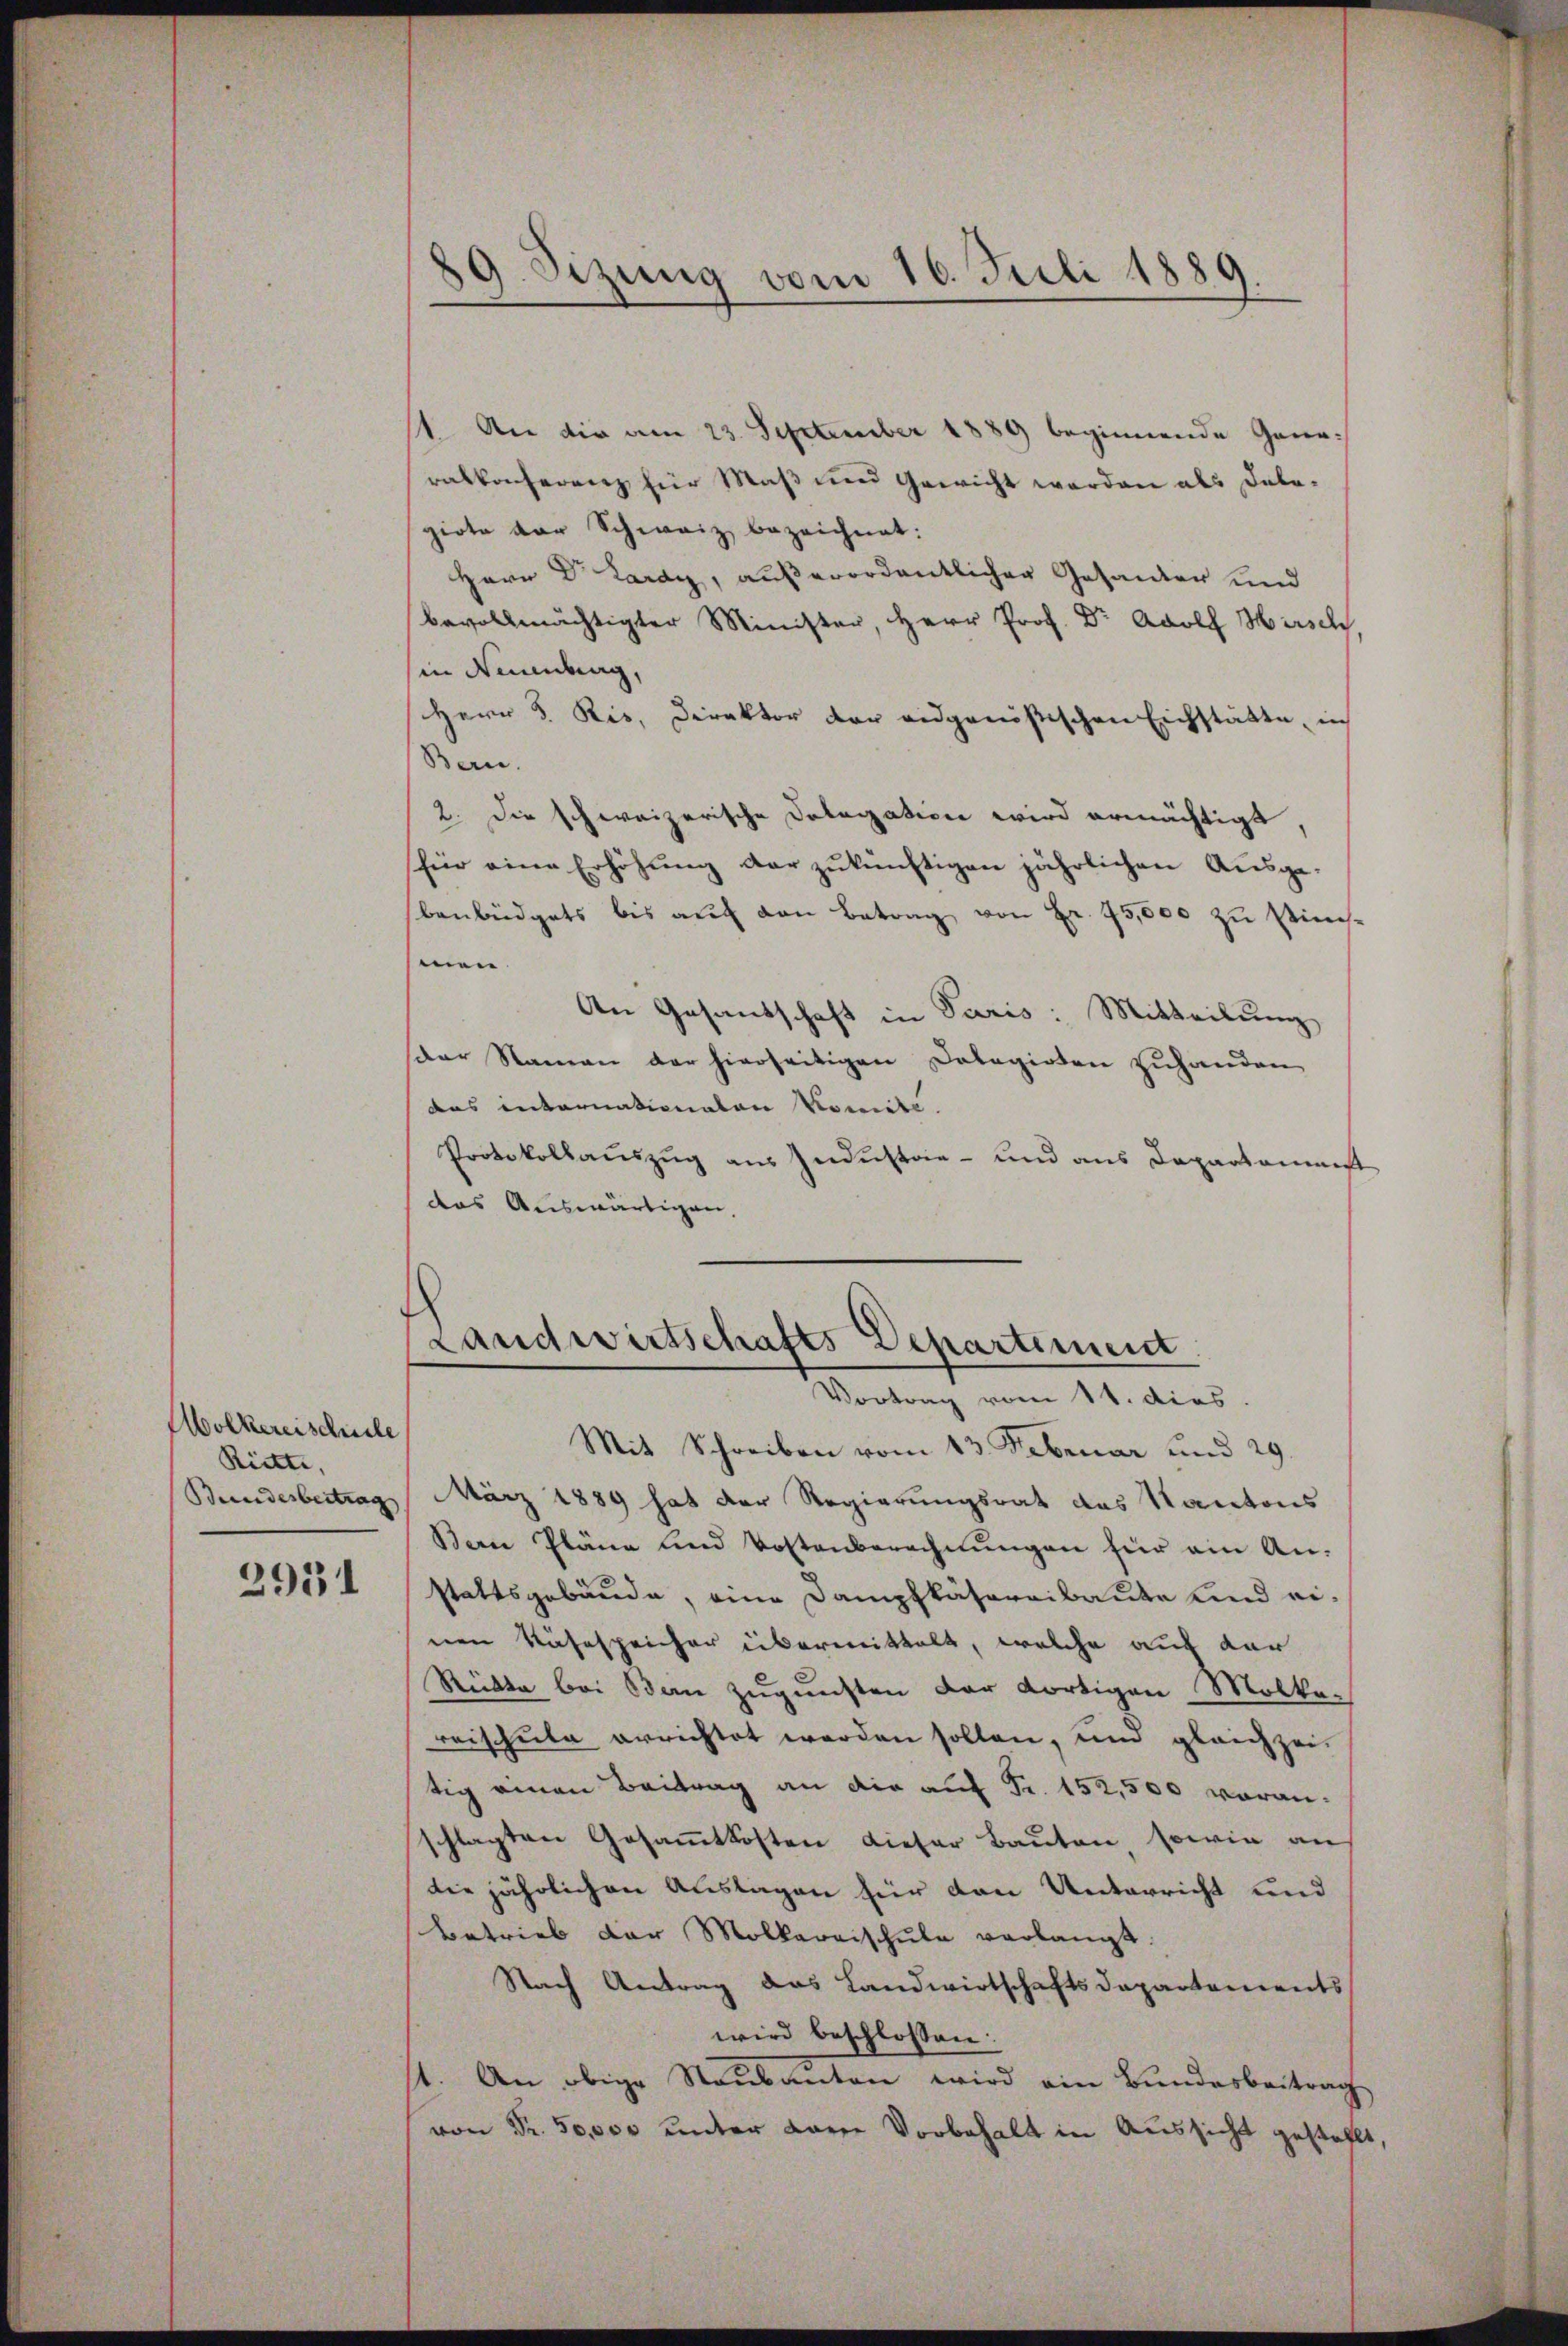
Wolkereischriebe
Riette,
2931

89. Sizung vom 16. Juli 1889.

1. An die am 23. September 1889 beginnende Generatkocherenz für Maß und Gewicht werden als Dele-
giote der Schweiz bezeichnet:
Herr Dr. Lardy, außerordentlicher Gesander und
bevollmächtigter Minister, Herr Prof. Dr Adolf Hirschl,
in Neuenburg,
Herr v. Ris, Direktor der eidgenößischen Eichstätte, in
(Bern.
2. Die schweizerische Dolegation wird ermächtigt,
für eine Erhöhŭng der zukünftigen jährlichen Ausgebenbüdgets bis aŭf den Betrag von Fr. 75,000 zŭ stim-
men.
An Gesandschaft in Paris: Mitteilung
Dar Namen der hierseitigen Dolagirten zuhanden
das internationaten Komite.
Protokollaŭszŭg aŭs Indŭstrie- und ans Departamenst
das Auswärtigen,

Landwirtschafts Departement
Vortrag vom 11. dies.

Mit Schreiben vom 13. Februar und 29.
Bundesbertrag, März 1889 hat der Regierungsrat das Kantons
Bern Pläne und Voltenberechnŭngen für ein An-
stattsgebäude, eine Dampfkäseraibaute und einen Rasespeicher übermittelt, welche auf der
Rükte bei Bern zugunsten der dortigen Mölkereischule errichtet werden sollen, und gleichzeitig einen Beitrag an die auf Fr. 152,500 voranschlagten Gesammtkosten dieser Bauten, sowie an
die jährlichen Auslagen für den Unterricht und
Betrieb der Molkarnischule verlangt.
Nach Antrag das Landwirtschaftsdepartements
wird beschlossen:
1. An obige Staŭbanten wird ein Bundesbeitrag
von Fr. 50,000 unter Lanze Vorbehalt in Aussicht gestellt,